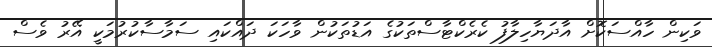
ވަކިން ހާއްސަކޮށް އާދަޔާހިލާފު ކެރެކްޓާސްތަކުގެ އަޑުތަކުން ވާހަކަ ދައްކައި ސަމާސާކުރުމަކީ އޭރު ވެސް